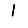
Digit: 1